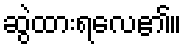
ဆွဲထားရလေ၏။